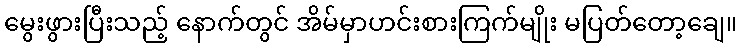
မွေးဖွားပြီးသည့် နောက်တွင် အိမ်မှာဟင်းစားကြက်မျိုး မပြတ်တော့ချေ။